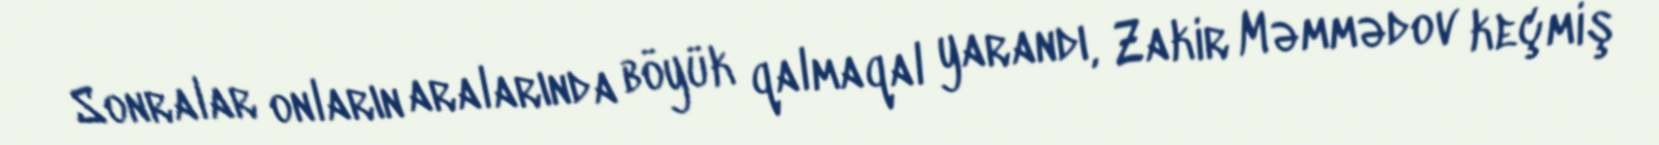
Sonralar onların aralarında böyük qalmaqal yarandı, Zakir Məmmədov keçmiş